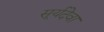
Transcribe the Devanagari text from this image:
सूर्यदेवा